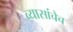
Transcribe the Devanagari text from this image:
व्यासांचेच